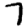
Digit: 7